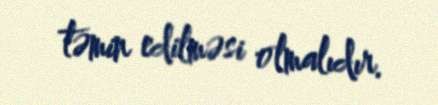
təmin edilməsi olmalıdır.